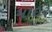
માઇર